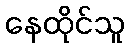
နေထိုင်သူ